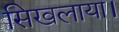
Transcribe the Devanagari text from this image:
सिखलाया।